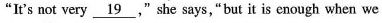
"It's not very \underline{19}," she says,"but it is enough when we